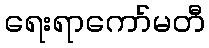
ရေးရာကော်မတီ